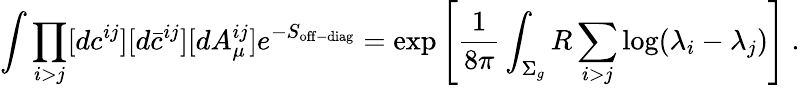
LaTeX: \int\prod_{i>j}[dc^{ij}][d\bar{c}^{ij}][dA_{\mu}^{ij}]e^{-S_{\mathrm{off-diag}}}=\exp\left[{\frac{1}{8\pi}}\int_{\Sigma_{g}}R\sum_{i>j}\log(\lambda_{i}-\lambda_{j})\right]~.